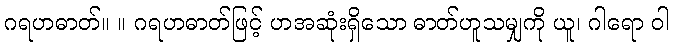
ဂရဟဓာတ်။ ။ ဂရဟဓာတ်ဖြင့် ဟအဆုံးရှိသော ဓာတ်ဟူသမျှကို ယူ၊ ဂါရော ဝါ